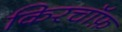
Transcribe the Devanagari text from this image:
किरचॉफ़